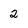
Character: 2